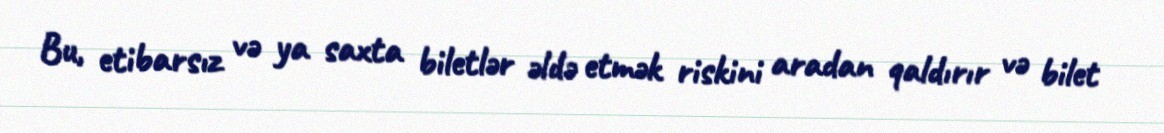
Bu, etibarsız və ya saxta biletlər əldə etmək riskini aradan qaldırır və bilet